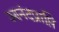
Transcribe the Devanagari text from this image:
आनंदप्राप्ति